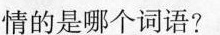
情的是哪个词语?